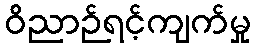
ဝိညာဉ်ရင့်ကျက်မှု